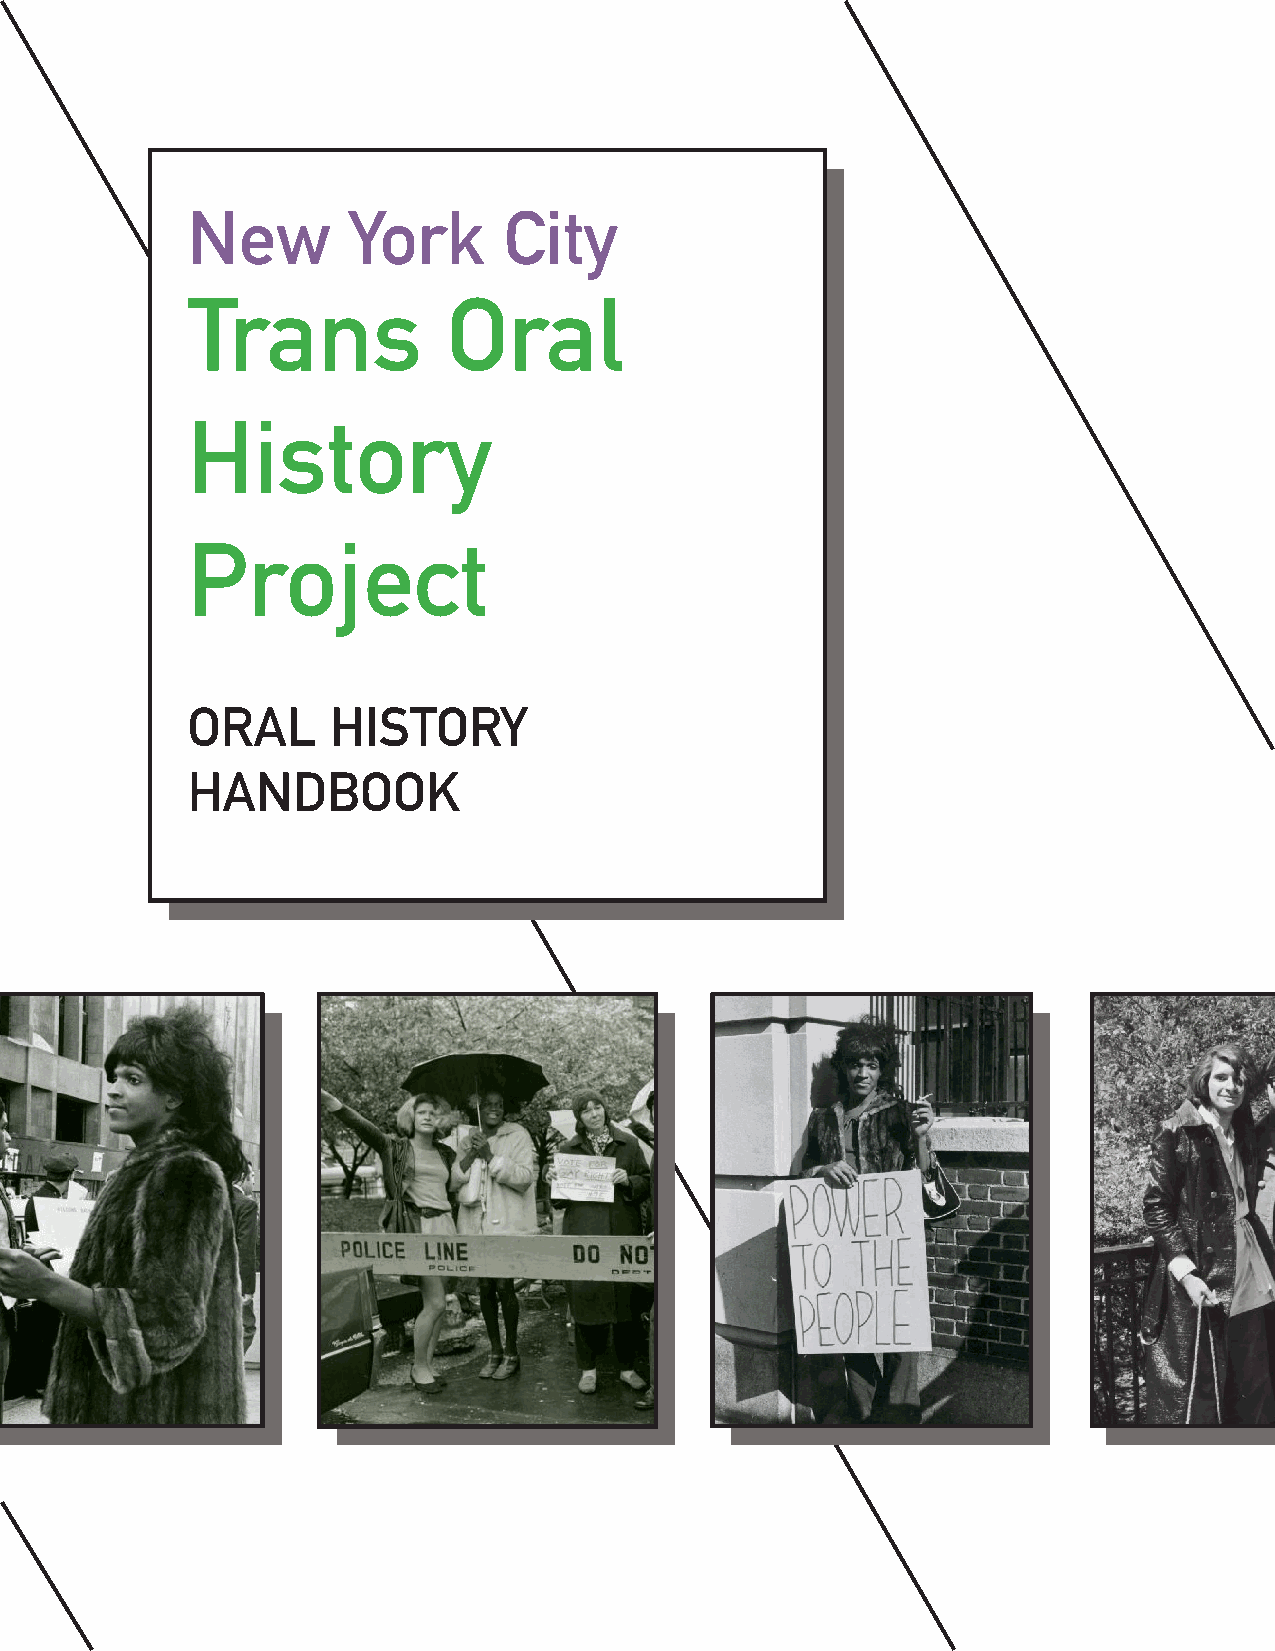
New        York      City
 Trans             Oral
 History
 Project
 ORAL      HISTORY
 HANDBOOK